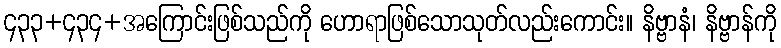
၄၃၃+၄၃၄+အကြောင်းဖြစ်သည်ကို ဟောရာဖြစ်သောသုတ်လည်းကောင်း။ နိဗ္ဗာနံ၊ နိဗ္ဗာန်ကို